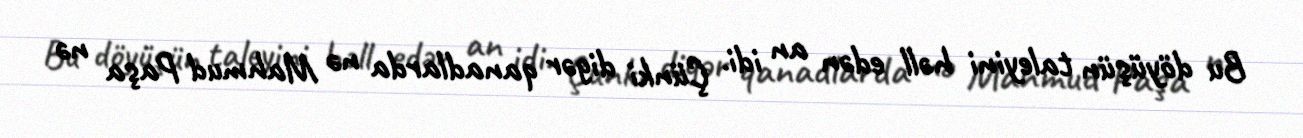
Bu döyüşün taleyini həll edən an idi. Çünki digər qanadlarda nə Mahmud Paşa nə